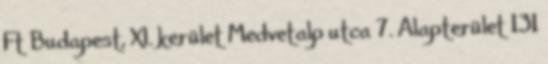
Ft Budapest, XI. kerület Medvetalp utca 7. Alapterület 131